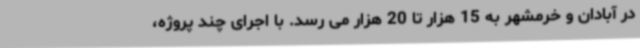
در آبادان و خرمشهر به 15 هزار تا 20 هزار می رسد. با اجرای چند پروژه،